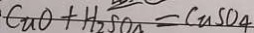
C u O + H _ { 2 } S O _ { 4 } = C u S O _ { 4 }